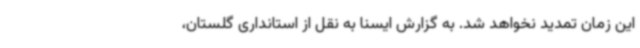
این زمان تمدید نخواهد شد. به گزارش ایسنا به نقل از استانداری گلستان،